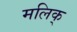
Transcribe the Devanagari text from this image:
मलिक्